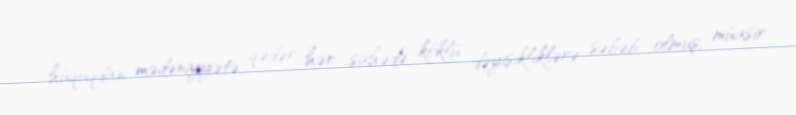
hüquqdan mədəniyyətə qədər hər sahədə köklü dəyişikliklərə səbəb olmuş, müasir